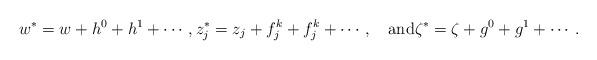
LaTeX: \begin{align*}w^*=w+h^0+h^1+\cdots,z_j^*=z_j+f_{j}^k+f_{j}^k+\cdots,\quad\mbox{and}\zeta^*=\zeta+g^0+g^1+\cdots.\end{align*}